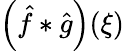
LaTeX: \left({\hat{f}}*{\hat{g}}\right)(\xi)